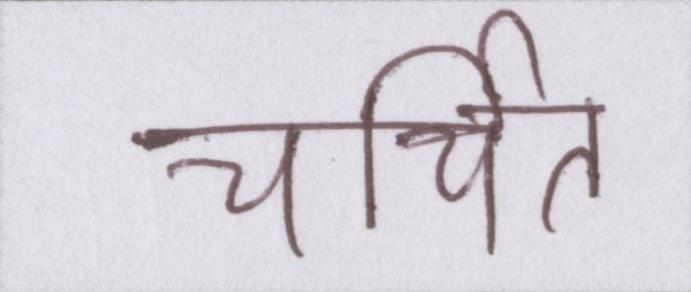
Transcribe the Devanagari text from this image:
चर्चित